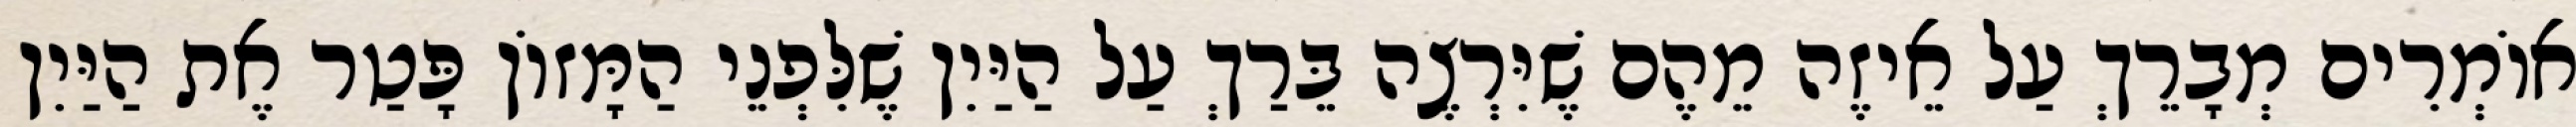
אוֹמְרִים מְבָרֵךְ עַל אֵיזֶה מֵהֶם שֶׁיִּרְצֶה בֵּרַךְ עַל הַיַּיִן שֶׁלִּפְנֵי הַמָּזוֹן פָּטַר אֶת הַיַּיִן